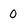
Character: 0